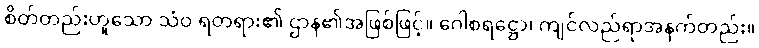
စိတ်တည်းဟူသော သံဝ ရတရား၏ ဌာန၏အဖြစ်ဖြင့်။ ဂေါစရဋ္ဌော၊ ကျင်လည်ရာအနက်တည်း။